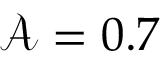
\mathcal { A } = 0 . 7